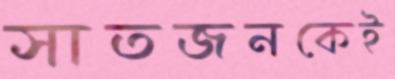
সাতজনকেই